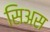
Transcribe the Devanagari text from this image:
सिअस